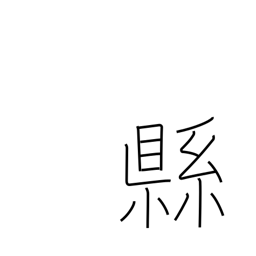
Meaning: subdivision